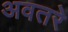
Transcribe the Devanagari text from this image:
अवतरे